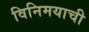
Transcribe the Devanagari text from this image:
विनिमयाची